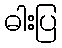
ဓါးပြ